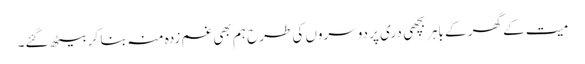
میت کے گھر کے باہر بچھی دری پر دوسروں کی طرح ہم بھی غم زدہ منہ بنا کر بیٹھ گئے۔